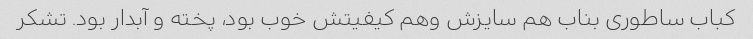
کباب ساطوری بناب هم سایزش وهم کیفیتش خوب بود، پخته و آبدار بود. تشکر